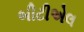
બીટીએલ